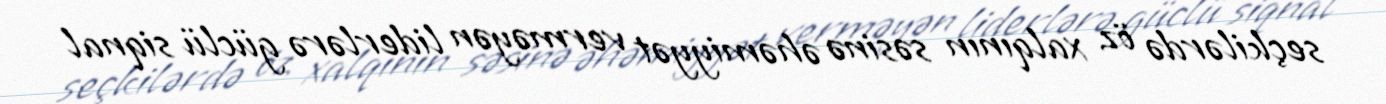
seçkilərdə öz xalqının səsinə əhəmiyyət verməyən liderlərə güclü siqnal